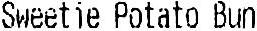
SWEETIE POTATO BUN